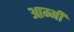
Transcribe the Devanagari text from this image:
आम्मी